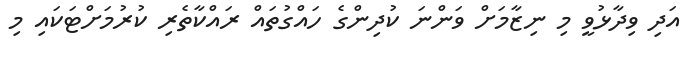
އަދި ވިދާޅުވީ މި ނިޒާމަށް ވަންނަ ކުދިންގެ ހައްގުތައް ރައްކާތެރި ކުރުމަށްޓަކައި މި